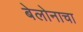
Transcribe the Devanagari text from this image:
बेलोनाचा